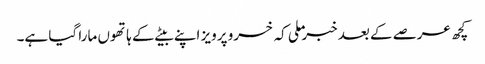
کچھ عرصے کے بعد خبر ملی کہ خسرو پرویز اپنے بیٹے کے ہاتھوں مارا گیا ہے۔